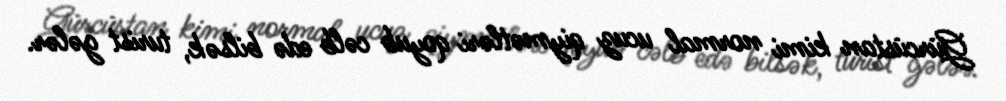
Gürcüstan kimi normal ucuz qiymətləri qoyub cəlb edə bilsək, turist gələr.